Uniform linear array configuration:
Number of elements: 48
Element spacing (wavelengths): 0.5
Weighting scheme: hamming
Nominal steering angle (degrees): -15
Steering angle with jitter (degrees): -14.653
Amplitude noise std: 0.05
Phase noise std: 0.05

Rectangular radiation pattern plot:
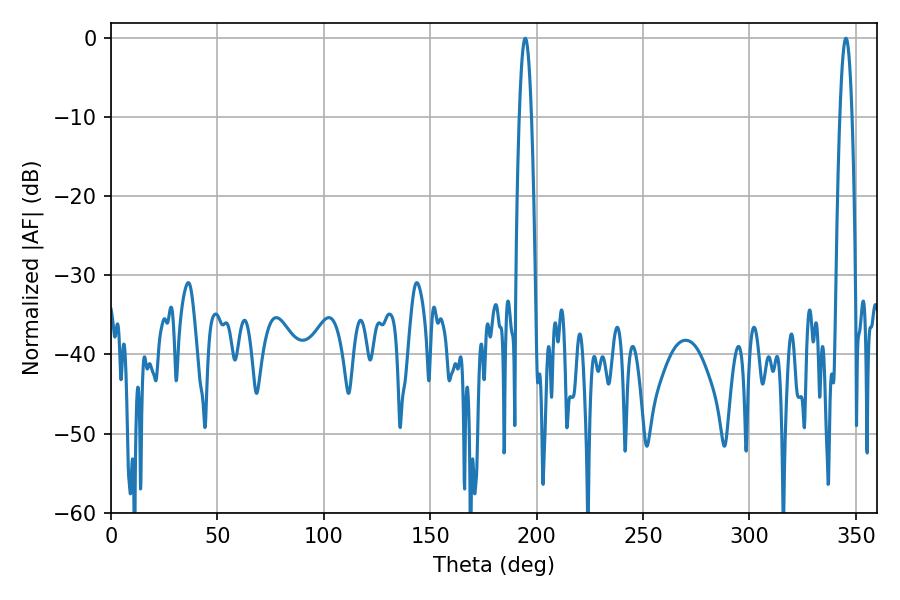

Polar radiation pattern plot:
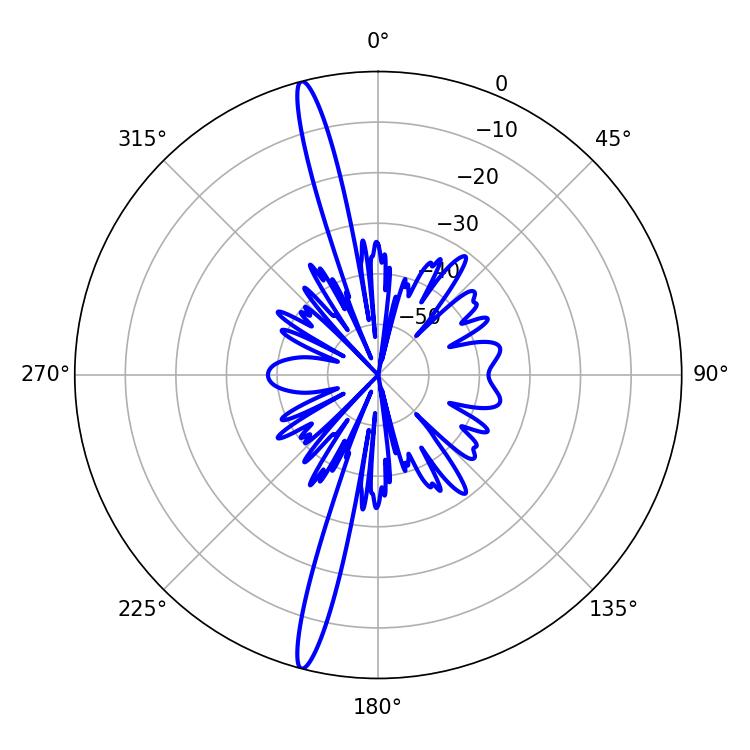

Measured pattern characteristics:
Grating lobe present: FALSE
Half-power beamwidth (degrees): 3.06
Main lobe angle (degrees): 194.58